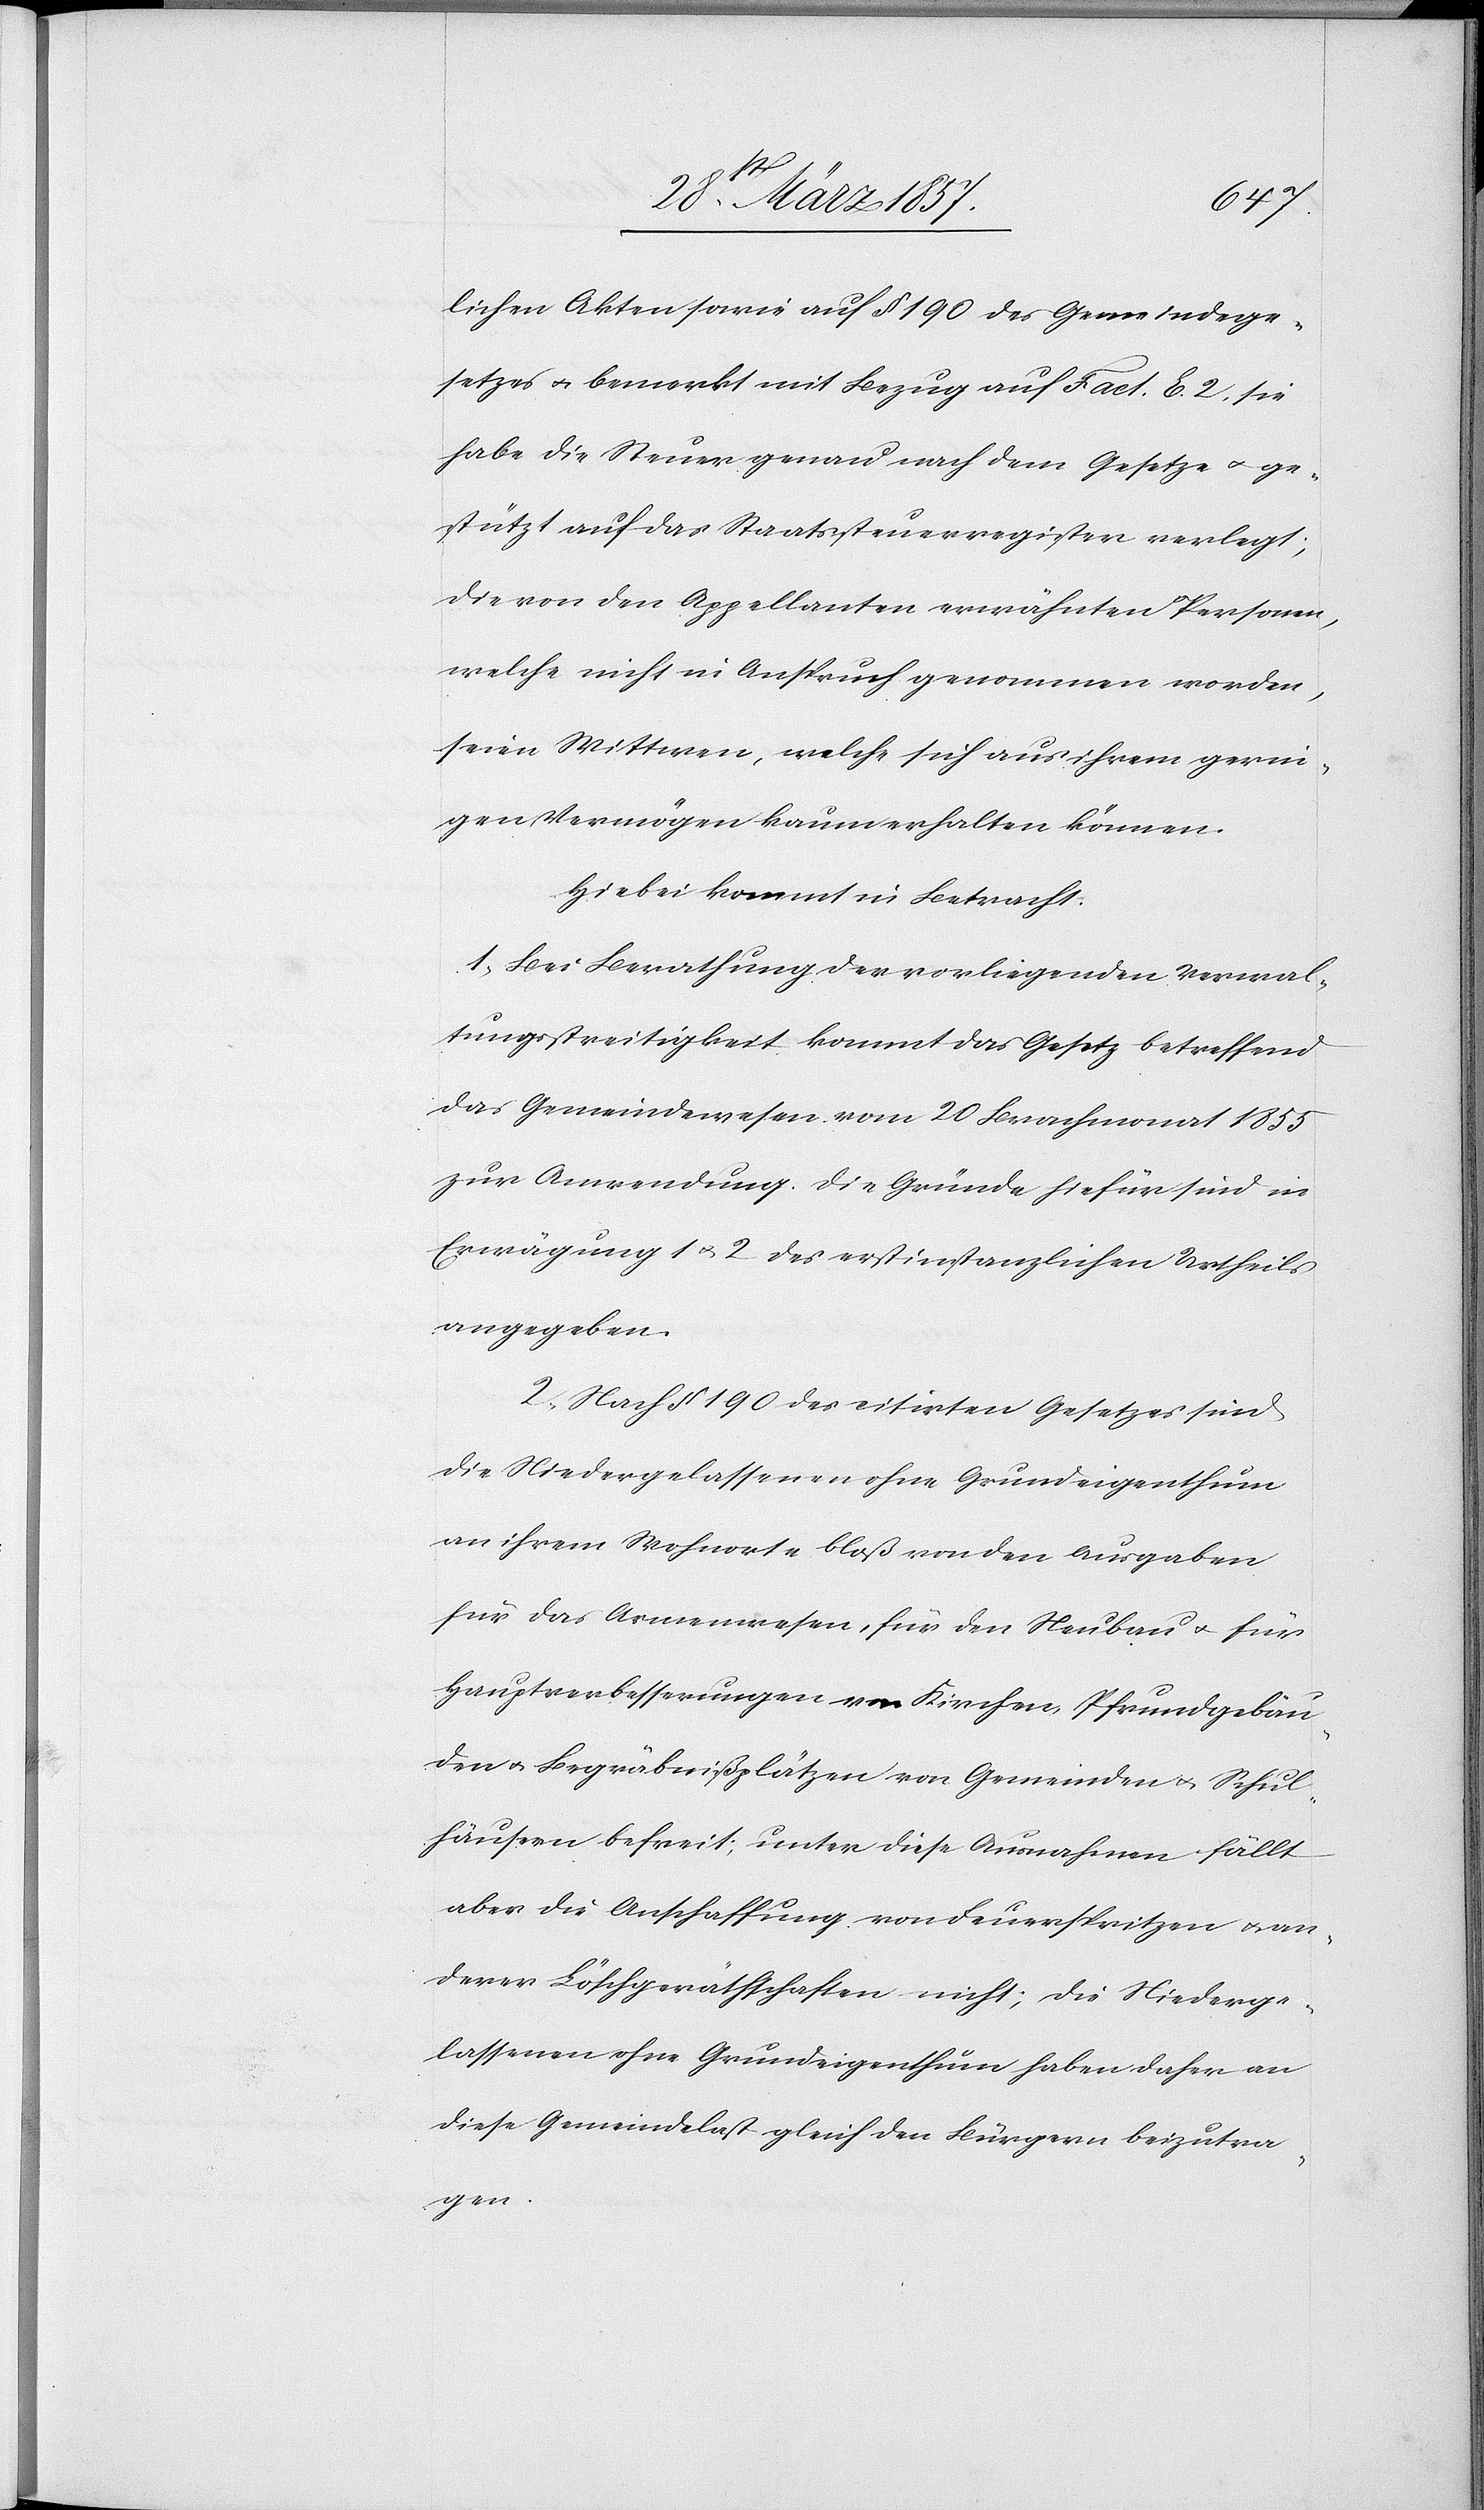
lichen Akten sowie auf § 190 des Gemeindege¬
setzes u. bemerkt mit Bezug auf Fact. E. 2. sie
habe die Steuer genau nach dem Gesetze u. ge¬
stützt auf das Staatssteuerregister verlegt;
die von den Appellanten erwähnten Personen,
welche nicht in Anspruch genommen worden,
seien Wittwen, welche sich aus ihrem gerin¬
gen Vermögen kaum erhalten können.
Hiebei kommt in Betracht:
1. Bei Berathung der vorliegenden Verwal¬
tungsstreitigkeit kommt das Gesetz betreffend
das Gemeindewesen vom 20 Brachmonat 1855
zur Anwendung. Die Gründe hiefür sind in
Erwägung 1 u. 2 des erstinstanzlichen Urtheils
angegeben.
2. Nach § 190 des citirten Gesetzes sind
die Niedergelassenen ohne Grundeigenthum
an ihrem Wohnorte bloß von den Ausgaben
für das Armenwesen, für den Neubau u. für
Hauptverbesserungen von Kirchen, Pfrundgebäu¬
den u. Begräbnißplätzen von Gemeinden u. Schul¬
häusern befreit; unter diese Ausnahme fällt
aber die Anschaffung von Feuerspritzen u. an¬
derer Löschgeräthschaften nicht; die Niederge¬
lassenen ohne Grundeigenthum haben daher an
diese Gemeindelast gleich den Bürgern beizutra¬
gen.